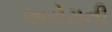
અરોરાની